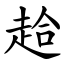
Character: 䞩